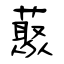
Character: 藂